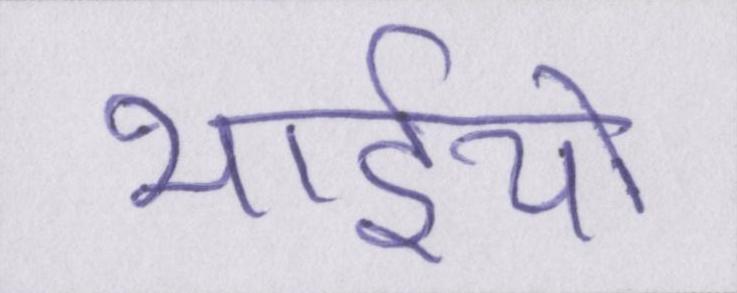
भाईयों